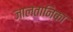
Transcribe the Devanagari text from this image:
जालतानिका